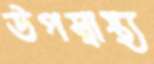
উপস্বাস্থ্য